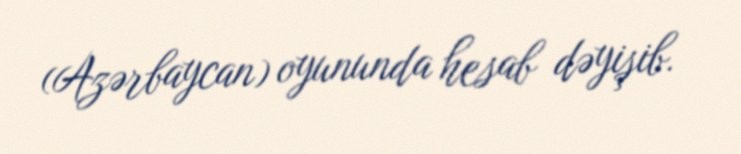
(Azərbaycan) oyununda hesab dəyişib.